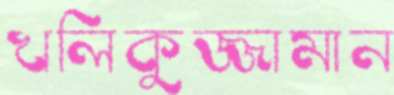
খলিকুজ্জামান